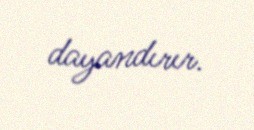
dayandırır.